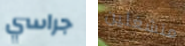
جراسي منشغلين